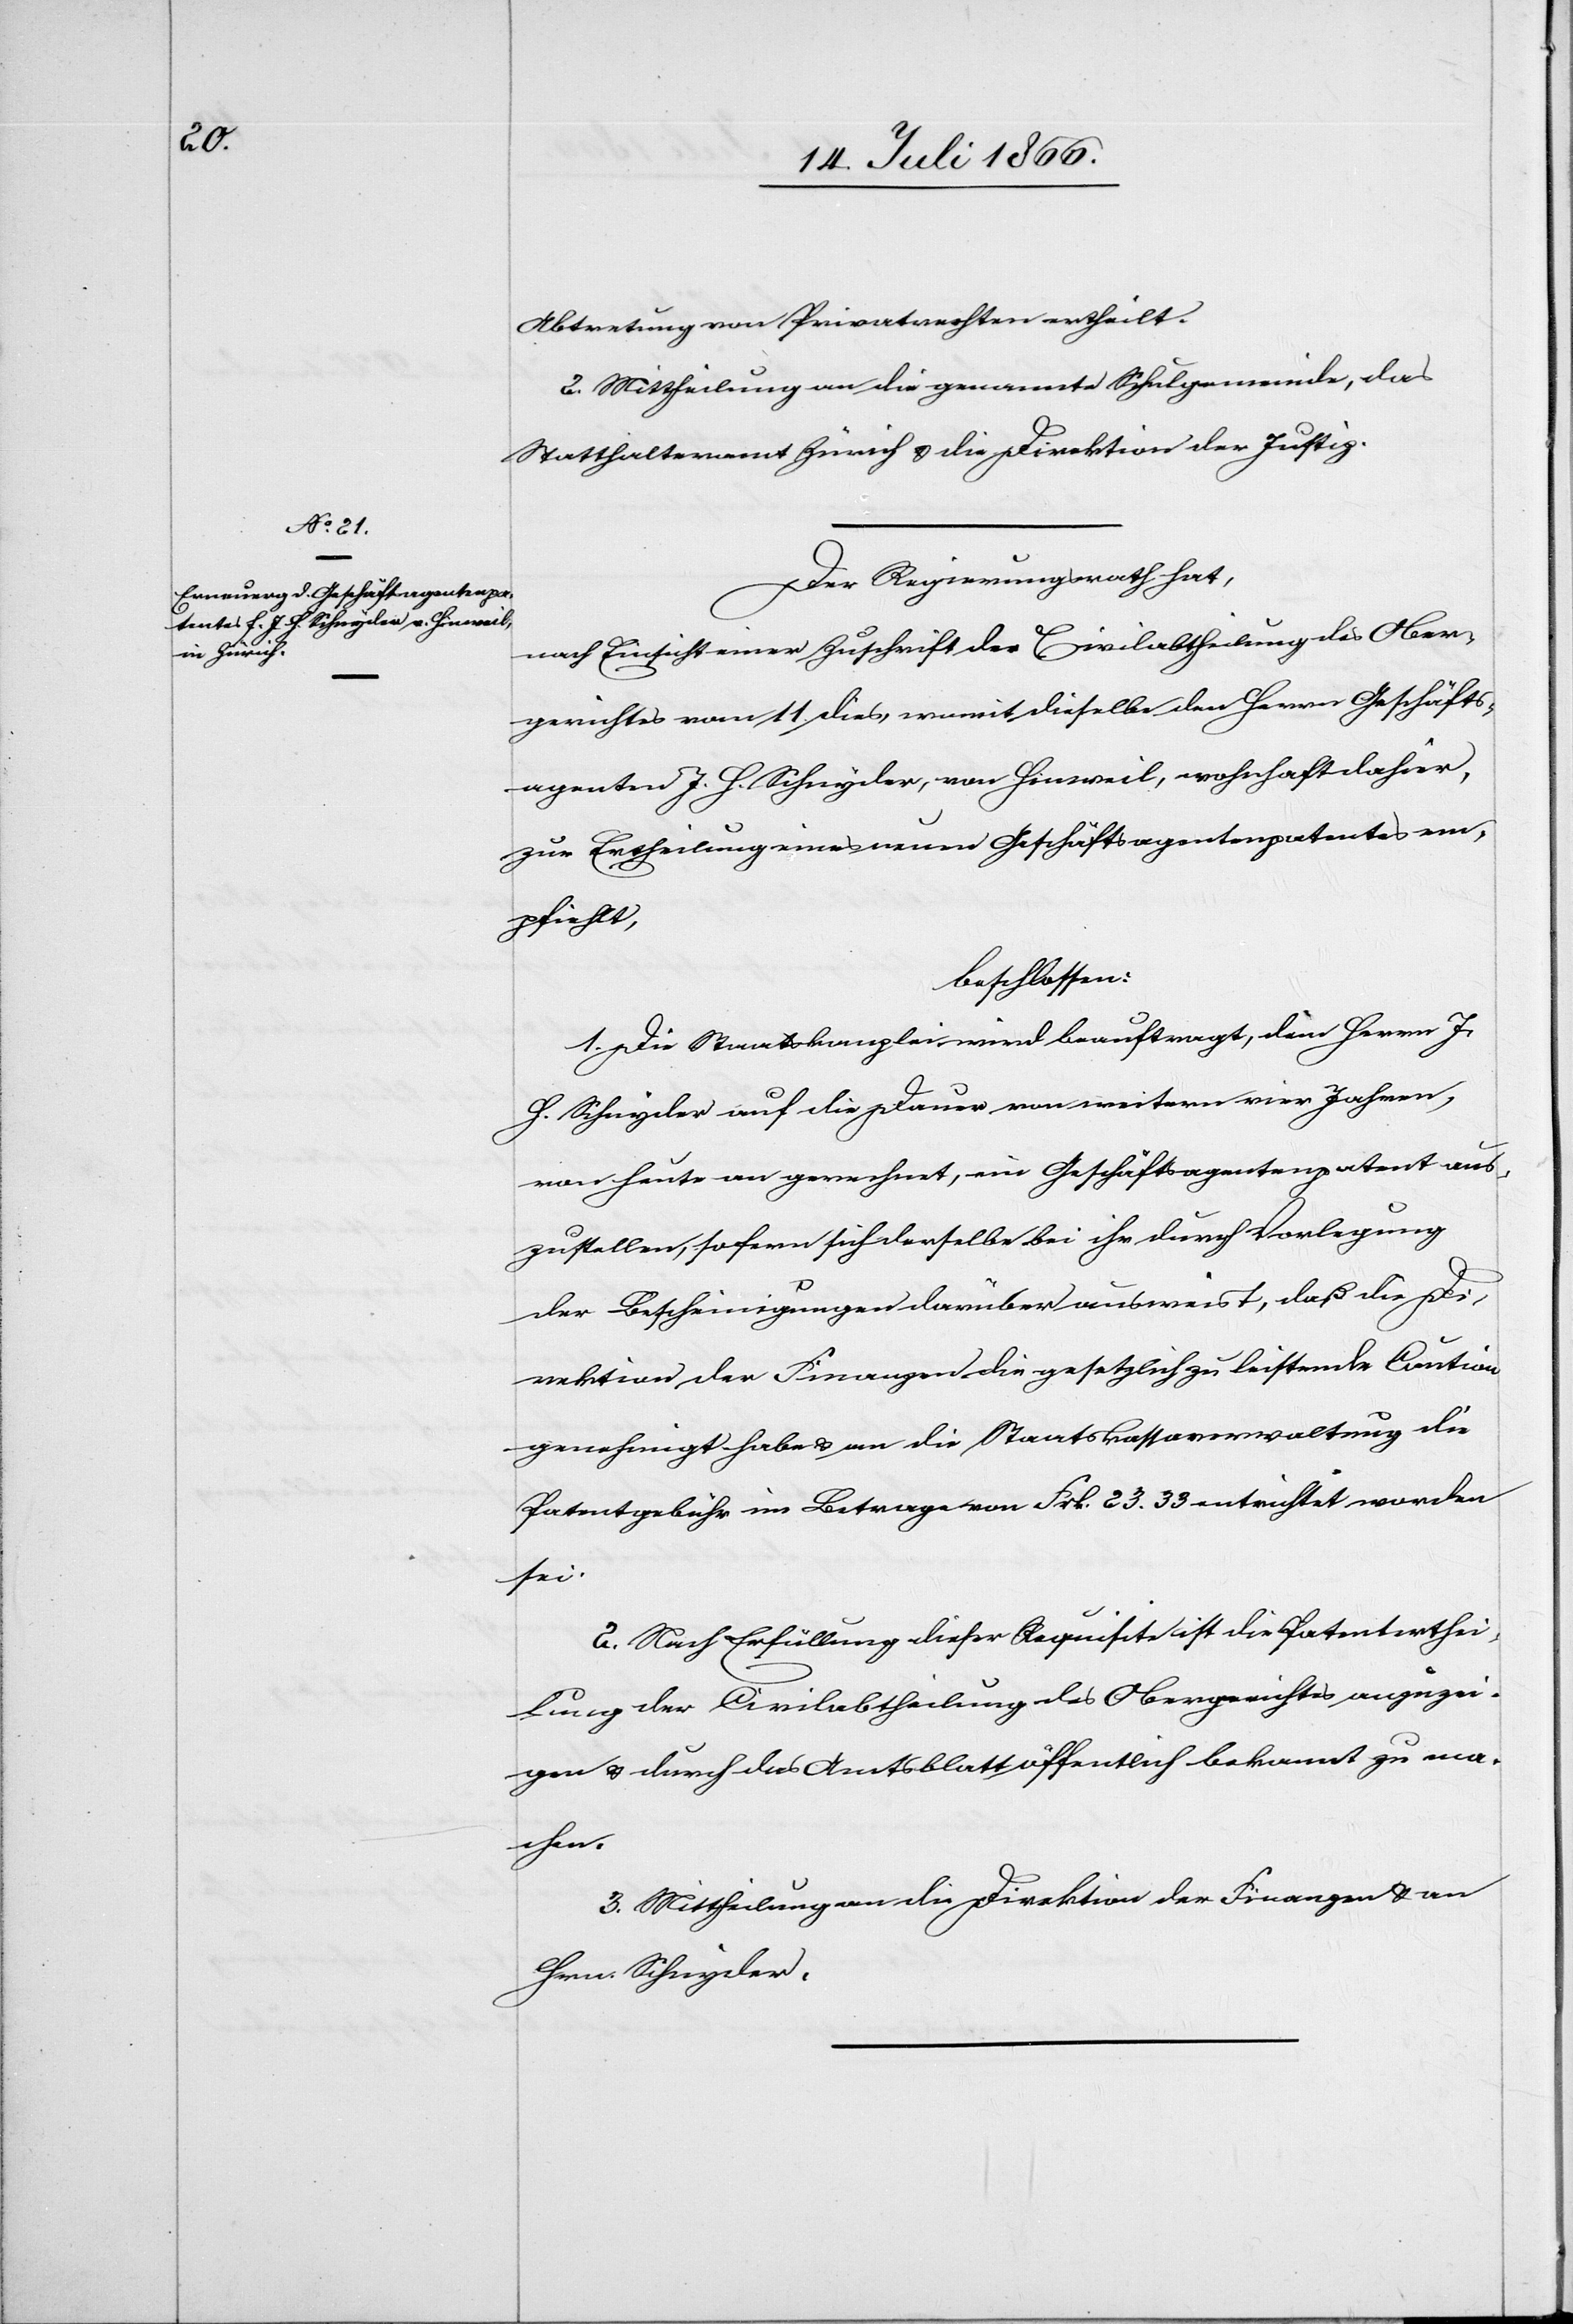
Abtretung von Privatrechten ertheilt.
2. Mittheilung an die genannte Schulgemeinde, das
Statthalteramt Zürich u. die Direktion der Justiz.
Der Regierungsrath hat,
nach Einsicht einer Zuschrift der Civilabtheilung des Ober¬
gerichtes vom 11. dies, womit dieselbe den Herrn Geschäfts¬
agenten J. H. Schnyder, von Hinweil, wohnhaft dahier,
zur Ertheilung eines neuen Geschäftsagentenpatentes em¬
pfiehlt,
beschlossen:
1. Die Staatskanzlei wird beauftragt, dem Herrn J.
H. Schnyder auf die Dauer von weitern vier Jahren,
von heute an gerechnet, ein Geschäftsagentenpatent aus¬
zustellen, sofern sich derselbe bei ihr durch Vorlegung
der Bescheinigungen darüber ausweise, daß die Di¬
rektion der Finanzen die gesetzlich zu leistende Caution
genehmigt habe u. an die Staatskassaverwaltung die
Patentgebühr im Betrage von Frk. 23.33 entrichtet worden
sei.
2. Nach Erfüllung dieser Requisite ist die Patenterthei¬
lung der Civilabtheilung des Obergerichtes anzuzei¬
gen u. durch das Amtsblatt öffentlich bekannt zu ma¬
chen.
3. Mittheilung an die Direktion der Finanzen u. an
Hrn. Schnyder.